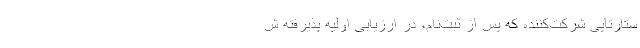
ستارتاپیِ شرکت‌کننده که پس از ثبت‌نام، در ارزیابی اولیه پذیرفته ش